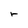
Character: r